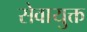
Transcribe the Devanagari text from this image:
सेवायुक्त